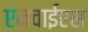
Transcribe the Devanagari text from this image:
एनवाईएस